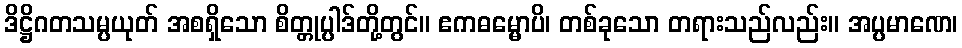
ဒိဋ္ဌိဂတသမ္ပယုတ် အစရှိသော စိတ္တုပ္ပါဒ်တို့တွင်။ ဧကဓမ္မောပိ၊ တစ်ခုသော တရားသည်လည်း။ အပ္ပမာဏေ၊